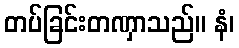
တပ်ခြင်းတဏှာသည်။ နံ၊